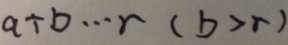
a \div b \cdots r ( b > r )